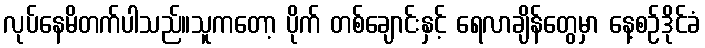
လုပ်နေမိတက်ပါသည်။သူကတော့ ပိုက် တစ်ချောင်းနှင့် ရေလာချိန်တွေမှာ နေ့စဉ်ဒိုင်ခံ